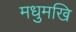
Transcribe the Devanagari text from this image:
मधुमखि